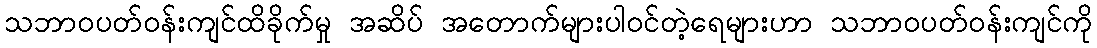
သဘာဝပတ်ဝန်းကျင်ထိခိုက်မှု အဆိပ် အတောက်များပါဝင်တဲ့ရေများဟာ သဘာဝပတ်ဝန်းကျင်ကို